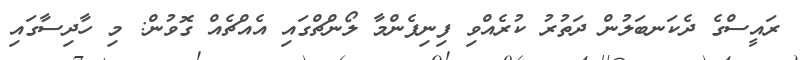
ރައީސްގެ ދެކަނބަލުން ދަތުރު ކުރެއްވި ފިނިފެންމާ ލޯންޗްގައި އެއްޗެއް ގޮވުން: މި ހާދިސާގައި